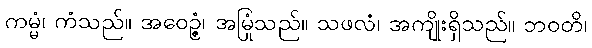
ကမ္မံ၊ ကံသည်။ အဝေဉ္ဇံ၊ အမြုံသည်။ သဖလံ၊ အကျိုးရှိသည်။ ဘဝတိ၊